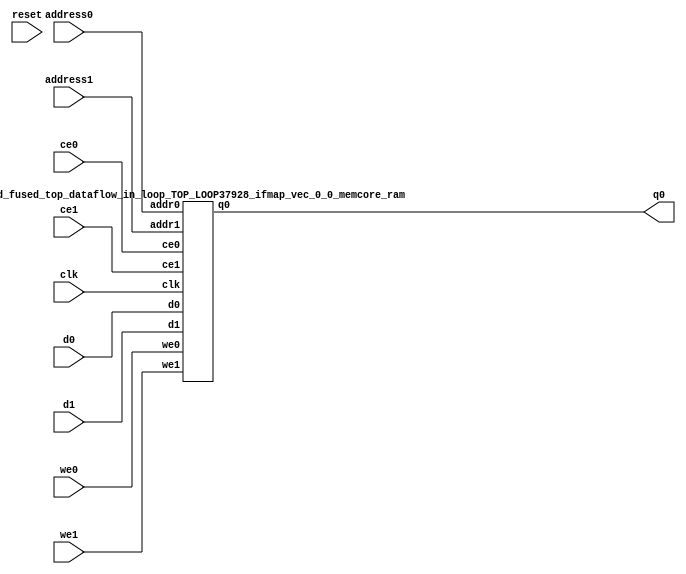
`define EXPONENT 5
`define MANTISSA 10
`define ACTUAL_MANTISSA 11
`define EXPONENT_LSB 10
`define EXPONENT_MSB 14
`define MANTISSA_LSB 0
`define MANTISSA_MSB 9
`define MANTISSA_MUL_SPLIT_LSB 3
`define MANTISSA_MUL_SPLIT_MSB 9
`define SIGN 1
`define SIGN_LOC 15
`define DWIDTH (`SIGN+`EXPONENT+`MANTISSA)
`define IEEE_COMPLIANCE 1

module td_fused_top_dataflow_in_loop_TOP_LOOP37928_ifmap_vec_0_0_memcore(
    reset,
    clk,
    address0,
    ce0,
    we0,
    d0,
    q0,
    address1,
    ce1,
    we1,
    d1);

parameter DataWidth = 32'd16;
parameter AddressRange = 32'd32;
parameter AddressWidth = 32'd5;
input reset;
input clk;
input[AddressWidth - 1:0] address0;
input ce0;
input we0;
input[DataWidth - 1:0] d0;
output[DataWidth - 1:0] q0;
input[AddressWidth - 1:0] address1;
input ce1;
input we1;
input[DataWidth - 1:0] d1;



td_fused_top_dataflow_in_loop_TOP_LOOP37928_ifmap_vec_0_0_memcore_ram td_fused_top_dataflow_in_loop_TOP_LOOP37928_ifmap_vec_0_0_memcore_ram_U(
    .clk( clk ),
    .addr0( address0 ),
    .ce0( ce0 ),
    .we0( we0 ),
    .d0( d0 ),
    .q0( q0 ),
    .addr1( address1 ),
    .ce1( ce1 ),
    .we1( we1 ),
    .d1( d1 )
);

endmodule
module td_fused_top_dataflow_in_loop_TOP_LOOP37928_ifmap_vec_0_0_memcore_ram (addr0, ce0, d0, we0, q0, addr1, ce1, d1, we1,  clk);

parameter DWIDTH = 16;
parameter AWIDTH = 5;
parameter MEM_SIZE = 32;

input[AWIDTH-1:0] addr0;
input ce0;
input[DWIDTH-1:0] d0;
input we0;
output reg[DWIDTH-1:0] q0;
input[AWIDTH-1:0] addr1;
input ce1;
input[DWIDTH-1:0] d1;
input we1;
input clk;

reg [DWIDTH-1:0] ram[MEM_SIZE-1:0];




always @(posedge clk)  
begin 
    if (ce0) begin
        if (we0) 
            ram[addr0] <= d0; 
        q0 <= ram[addr0];
    end
end


always @(posedge clk)  
begin 
    if (ce1) begin
        if (we1) 
            ram[addr1] <= d1; 
    end
end


endmodule